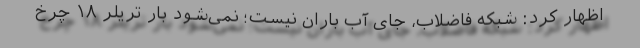
اظهار کرد: شبکه فاضلاب، جای آب باران نیست؛ نمی‌شود بار تریلر ۱۸ چرخ